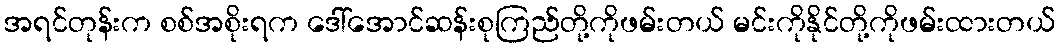
အရင်တုန်းက စစ်အစိုးရက ဒေါ်အောင်ဆန်းစုကြည်တို့ကိုဖမ်းတယ် မင်းကိုနိုင်တို့ကိုဖမ်းထားတယ်